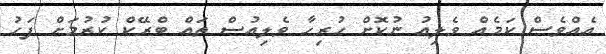
އެއްވެސް ކަމެއް ވެލިއު ނުކޮށް ހުރިހާ ވެލިއުސް ތައް ބްރޭކް ކުރުމަށް ފަހު